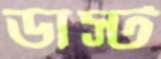
ডাস্ট